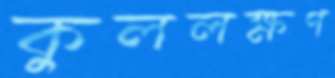
কুললক্ষণ